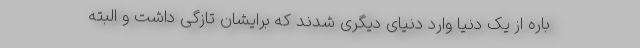
باره از یک دنیا وارد دنیای دیگری شدند که برایشان تازگی داشت و البته